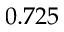
0 . 7 2 5